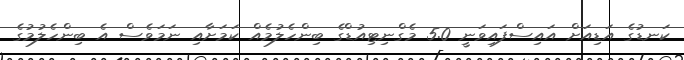
ކަނޑުގެ އަޑިއަށް އައިސްފައިވަނީ 5.0 މެގްނިޓިއުޑްގެ ބިންހެލުމެއް ކަމަށާއި ނަމަވެސް އެ ބިންހެލުމުގެ